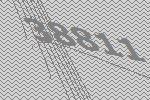
38811